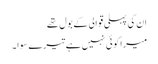
ان کی پہلی قوالی کے بول تھے
میرا کوئی نہیں ہے تیرے سوا ۔